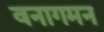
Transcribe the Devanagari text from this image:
वनागमन